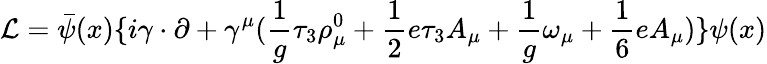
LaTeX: {\cal L}=\bar{\psi}(x)\{ i\gamma\cdot\partial+\gamma^{\mu}({\frac{1}{g}}\tau_{3}\rho_{\mu}^{0}+{\frac{1}{2}}e\tau_{3}A_{\mu}+{\frac{1}{g}}\omega_{\mu}+{\frac{1}{6}}eA_{\mu})\} \psi(x)